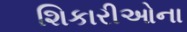
શિકારીઓના